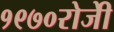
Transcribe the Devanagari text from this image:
१९७०रोजीे